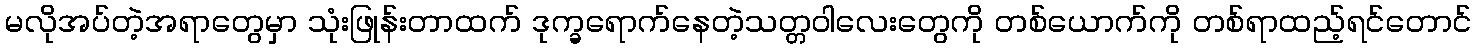
မလိုအပ်တဲ့အရာတွေမှာ သုံးဖြုန်းတာထက် ဒုက္ခရောက်နေတဲ့သတ္တဝါလေးတွေကို တစ်ယောက်ကို တစ်ရာထည့်ရင်တောင်